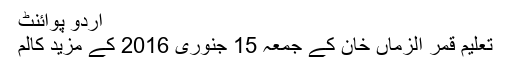
اُردو پوائنٹ
تعلیم قمر الزماں خان کے جمعہ 15 جنوری 2016 کے مزید کالم